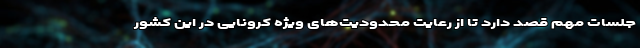
جلسات مهم قصد دارد تا از رعایت محدودیت‌های ویژه کرونایی در این کشور